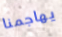
يهاجمنا